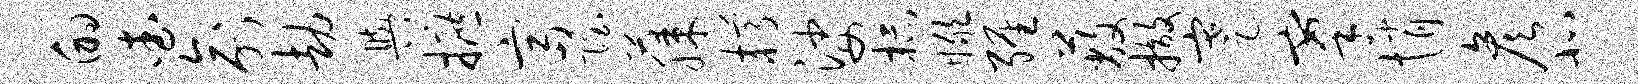
的查俞劫舆摭富隐藤樽娑杯瞰缠蔽撤蹇搴悄彦北